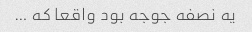
یه نصفه جوجه بود واقعا که …